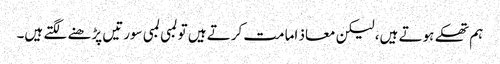
ہم تھکے ہوتے ہیں، لیکن معاذ امامت کرتے ہیں تو لمبی لمبی سورتیں پڑھنے لگتے ہیں۔